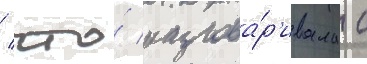
/ что́ разгова́р'ивала с